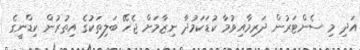
އަދި މި ސެންޓަރުން ދަރިމާއިވުމާ ކުޑަކަމުދާ ނިޒާމަށް ޖެހޭ ބަލިތަކުގެ އިތުރުން ކިޑްނީގެ